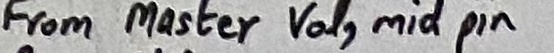
Text: From Master  Vol, mid pin